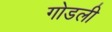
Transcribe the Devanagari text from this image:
गोडली